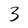
Character: 3